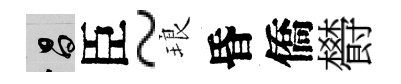
昌臣~琅昏僑欎